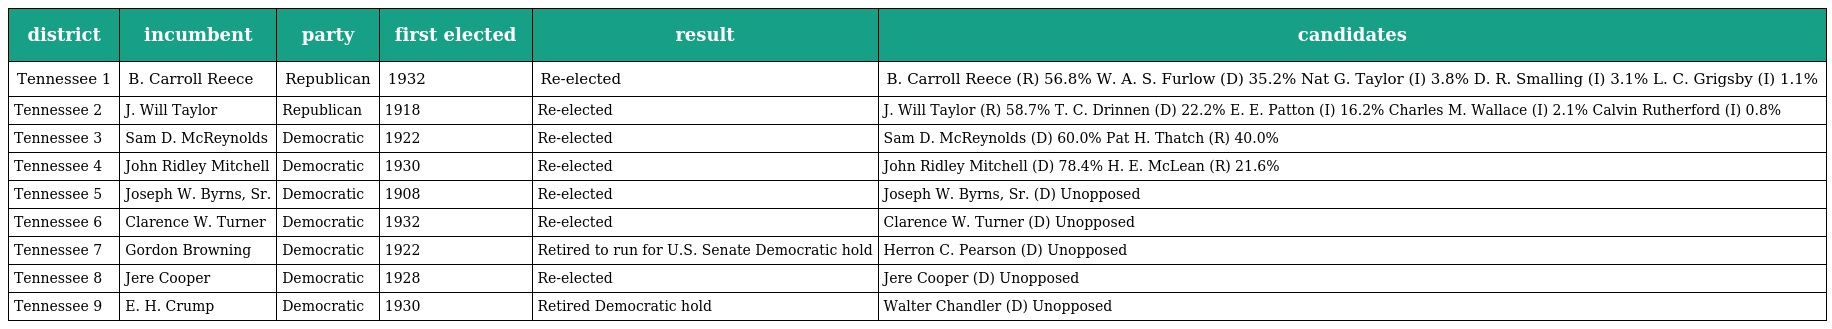
| district | incumbent | party | first elected | result | candidates |
 | --- | --- | --- | --- | --- | --- |
 | Tennessee 1 | B. Carroll Reece | Republican | 1932 | Re-elected | B. Carroll Reece (R) 56.8% W. A. S. Furlow (D) 35.2% Nat G. Taylor (I) 3.8% D. R. Smalling (I) 3.1% L. C. Grigsby (I) 1.1% |
 | Tennessee 2 | J. Will Taylor | Republican | 1918 | Re-elected | J. Will Taylor (R) 58.7% T. C. Drinnen (D) 22.2% E. E. Patton (I) 16.2% Charles M. Wallace (I) 2.1% Calvin Rutherford (I) 0.8% |
 | Tennessee 3 | Sam D. McReynolds | Democratic | 1922 | Re-elected | Sam D. McReynolds (D) 60.0% Pat H. Thatch (R) 40.0% |
 | Tennessee 4 | John Ridley Mitchell | Democratic | 1930 | Re-elected | John Ridley Mitchell (D) 78.4% H. E. McLean (R) 21.6% |
 | Tennessee 5 | Joseph W. Byrns, Sr. | Democratic | 1908 | Re-elected | Joseph W. Byrns, Sr. (D) Unopposed |
 | Tennessee 6 | Clarence W. Turner | Democratic | 1932 | Re-elected | Clarence W. Turner (D) Unopposed |
 | Tennessee 7 | Gordon Browning | Democratic | 1922 | Retired to run for U.S. Senate Democratic hold | Herron C. Pearson (D) Unopposed |
 | Tennessee 8 | Jere Cooper | Democratic | 1928 | Re-elected | Jere Cooper (D) Unopposed |
 | Tennessee 9 | E. H. Crump | Democratic | 1930 | Retired Democratic hold | Walter Chandler (D) Unopposed |